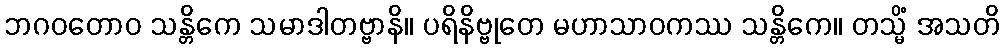
ဘဂဝတောဝ သန္တိကေ သမာဒါတဗ္ဗာနိ။ ပရိနိဗ္ဗုတေ မဟာသာဝကဿ သန္တိကေ။ တသ္မိံ အသတိ